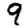
Digit: 9